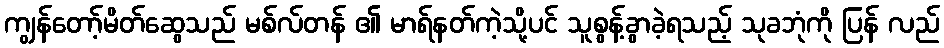
ကျွန်တော့်မိတ်ဆွေသည် မစ်လ်တန် ၏ မာရ်နတ်ကဲ့သို့ပင် သူစွန့်ခွာခဲ့ရသည့် သုခဘုံကို ပြန် လည်